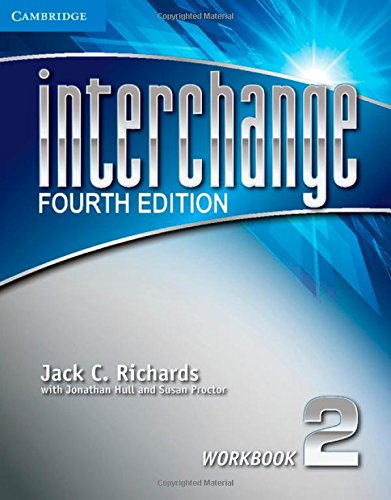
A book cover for Interchange Level 2 Workbook (Interchange Fourth Edition); Jack C. Richards; Reference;